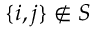
\{ i , j \} \not \in { \cal S }